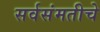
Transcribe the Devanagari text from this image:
सर्वसंमतीचे